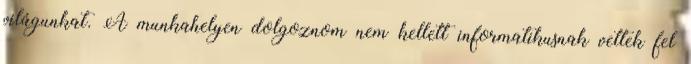
világunkat. A munkahelyen dolgoznom nem kellett informatikusnak vettek fel